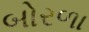
બોરળા